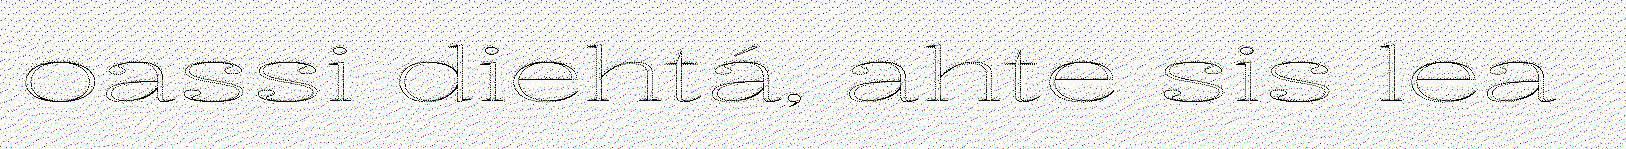
oassi diehtá, ahte sis lea